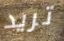
تريد